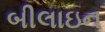
બીલાઇન